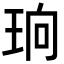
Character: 珦